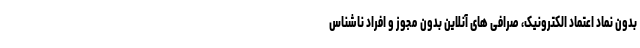
بدون نماد اعتماد الکترونیک، صرافی های آنلاین بدون مجوز و افراد ناشناس